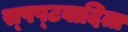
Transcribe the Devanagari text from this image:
स्‍पष्‍टवादिता